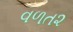
વળત૨